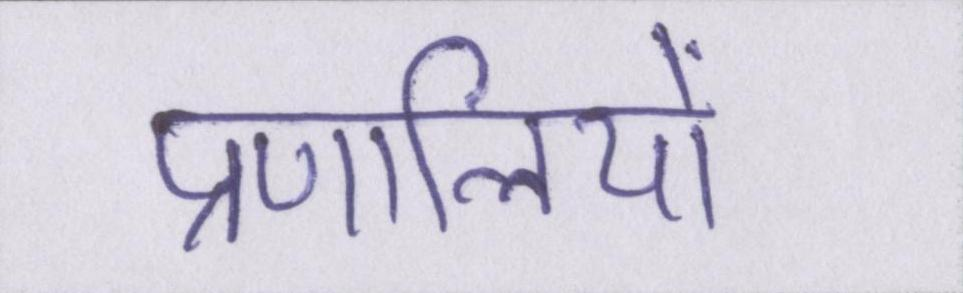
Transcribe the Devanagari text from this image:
प्रणालियों